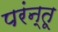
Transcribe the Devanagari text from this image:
परंन्तू